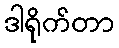
ဒါရိုက်တာ